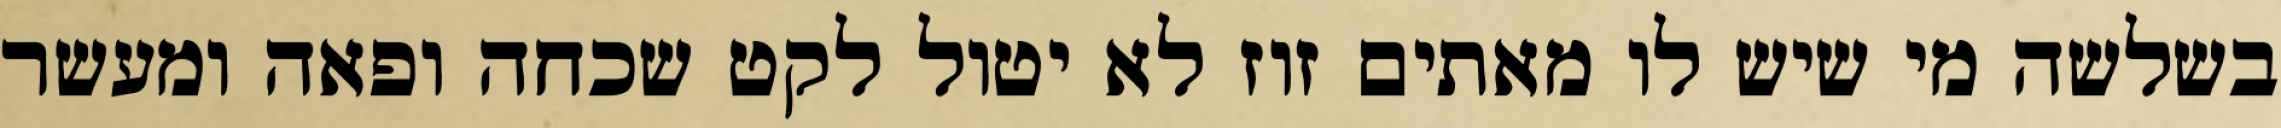
בשלשה מי שיש לו מאתים זוז לא יטול לקט שכחה ופאה ומעשר